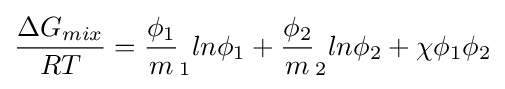
{\frac {\Delta G_{mix}}{RT}}={\frac {\phi _{1}}{m}}_{1}ln\phi _{1}+{\frac {\phi _{2}}{m}}_{2}ln\phi _{2}+\chi \phi _{1}\phi _{2}